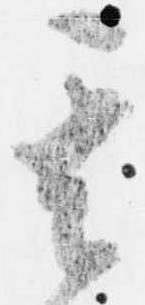
其